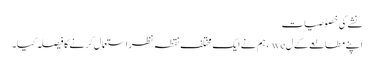
نشے کی خصوصیات
اپنے مطالعے کے ل we ، ہم نے ایک مختلف نقطہ نظر استعمال کرنے کا فیصلہ کیا۔